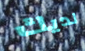
لديك